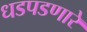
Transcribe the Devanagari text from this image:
धडपडणारे